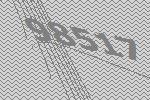
98517